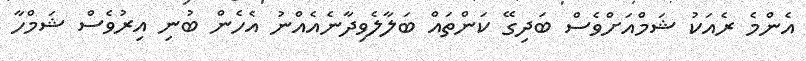
އެންމެ ރެއަކު ޝަމްއަށްވެސް ބަދިގޭ ކަންތައް ބަލާލެވިދާނެއެއްނު އެހެން ބުނި އިރުވެސް ޝަމްހާ